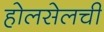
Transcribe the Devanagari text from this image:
होलसेलची